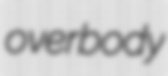
overbody